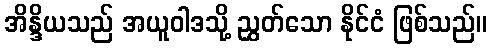
အိန္ဒိယသည် အယူဝါဒသို့ ညွှတ်သော နိုင်ငံ ဖြစ်သည်။